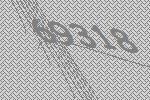
69318